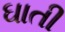
ઘાતી